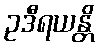
ဥဒီရယန္တိ